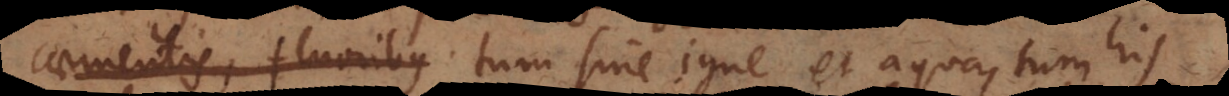
caementis, fluoribus, tum sine igne et aqua, tum his